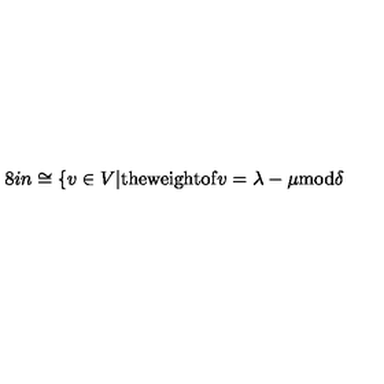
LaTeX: \hspace { . 8 i n } \cong \{ v \in V | \mathrm { t h e w e i g h t o f } v = \lambda - \mu \mathrm { m o d } \delta